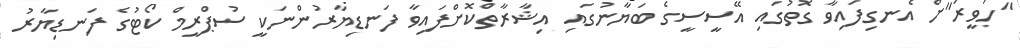
"ހަވީރަ"ށް އެނގިފައިވާ ގޮތުގައި އޭސީސީގެ ބަޔާނުގައި އިޝާރާތްކޮށްފައިވާ ފަނޑިޔާރުންނަކީ ސުޕްރީމް ކޯޓުގެ ފަނޑިޔާރު